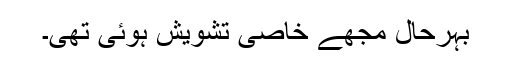
بہرحال مجھے خاصی تشویش ہوئی تھی۔